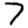
Digit: 7